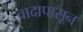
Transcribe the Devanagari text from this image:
वादापासून